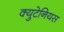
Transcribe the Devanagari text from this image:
क्युटेनियस